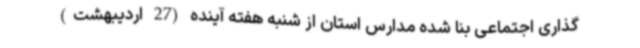
گذاری اجتماعی بنا شده مدارس استان از شنبه هفته آینده (27 اردیبهشت)